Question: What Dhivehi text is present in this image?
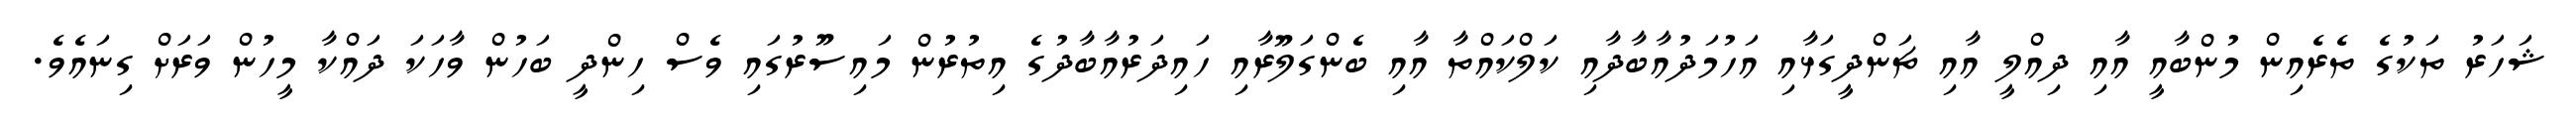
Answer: ޝަހަރު ތަކުގެ ތެރެއިން މުންބާއީ އާއި ދިއްލީ އާއި ޗަންދީގަޅާއި އަހުމަދުއާބާދާއި ކަލްކައްތާ އާއި ބެންގަލޫރާއި ހައިދަރުއާބާދުގެ އިތުރުން މައިސޫރުގައި ވެސް ހިންދީ ބަހުން ވާހަކަ ދައްކާ މީހުން ވަރަށް ގިނައެވެ.